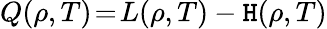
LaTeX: Q\! \left(\rho,T\right)\! =\! L\! \left(\rho,T\right)-\mathtt{H}\! \left(\rho,T\right)